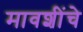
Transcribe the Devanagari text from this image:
मावशींचे